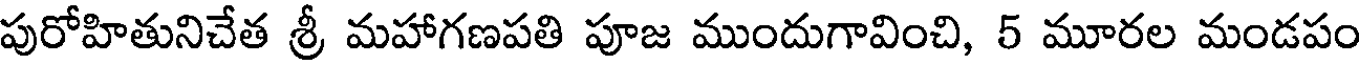
పురోహితునిచేత శ్రీ మహాగణపతి పూజ ముందుగావించి, 5 మూరల మండపం